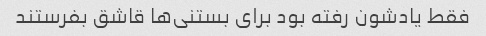
فقط یادشون رفته بود برای بستنی‌ها قاشق بفرستند